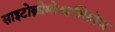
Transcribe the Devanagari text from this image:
साइटोक्रोमोआक्सिडेज़